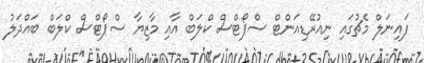
ފައިނަލް މެޗުގައި ނިއުރޭޑިއަންޓް ސްޕޯޓްސް ކްލަބް އާއި މާޒިޔާ ސްޕޯޓްސް ކްލަބް ބައްދަލު